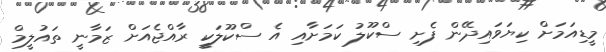
މީޑިއަމަށް ކިޔަވައިދޭން ފެށި ސްކޫލު ކަމަށާއި އެ ސްކޫލަކީ ރާއްޖެއަށް ޒަމާނީ ތައުލީމް